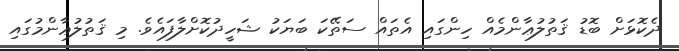
ދެކޮޅަށް ބޮޑު ޤަތުލުޢާންމެއް ހިންގައި އެތައް ސަތޭކަ ބަޔަކު ޝަހީދުކޮށްލާފައެވެ. މި ޤަތުލުޢާންމުގައި